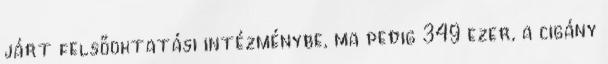
járt felsőoktatási intézménybe, ma pedig 349 ezer, a cigány